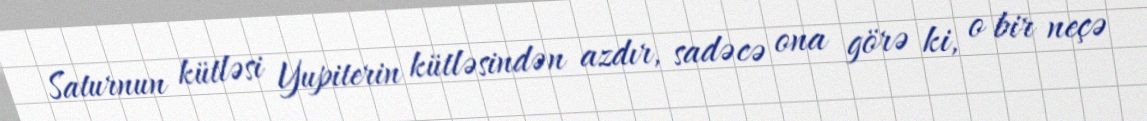
Saturnun kütləsi Yupiterin kütləsindən azdır, sadəcə ona görə ki, o bir neçə